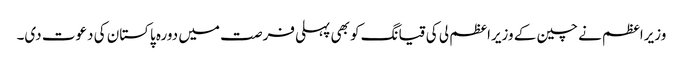
وزیراعظم نے چین کے وزیراعظم لی کی قیانگ کو بھی پہلی فرصت میں دورہ پاکستان کی دعوت دی۔